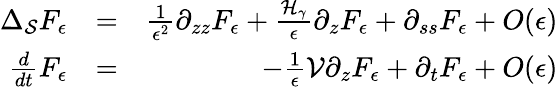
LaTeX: \begin{array}{rlr}{\Delta_{\cal{S}}F_{\epsilon}}&{=}&{\frac{1}{\epsilon^{2}}\partial_{zz}F_{\epsilon}+\frac{{\cal{H}}_{\gamma}}{\epsilon}\partial_{z}F_{\epsilon}+\partial_{ss}F_{\epsilon}+O(\epsilon)}\\ {\frac{d}{dt}F_{\epsilon}}&{=}&{-\frac{1}{\epsilon}{\cal{V}}\partial_{z}F_{\epsilon}+\partial_{t}F_{\epsilon}+O(\epsilon)}\end{array}